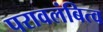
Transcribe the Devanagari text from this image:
परावलंबित्व